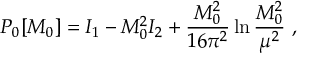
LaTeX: P _ { 0 } [ M _ { 0 } ] = I _ { 1 } - M _ { 0 } ^ { 2 } I _ { 2 } + { \frac { M _ { 0 } ^ { 2 } } { 1 6 \pi ^ { 2 } } } \ln { \frac { M _ { 0 } ^ { 2 } } { \mu ^ { 2 } } } ~ ,